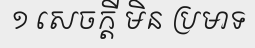
១ សេចក្តី មិន ប្រមាទ